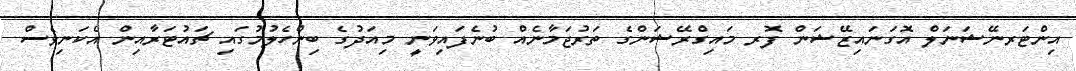
އިންޓަރނޭޝަނަލް އޮގަނައިޒޭޝަން ފޮރ މައިގްރޭޝަންގެ ތަރުޖަމާނެއް ބުނެފައިވަނީ މިއަދުގެ ބިންހެލުމުގައި ޗައުޓަރާއިން އެކަނިވެސް